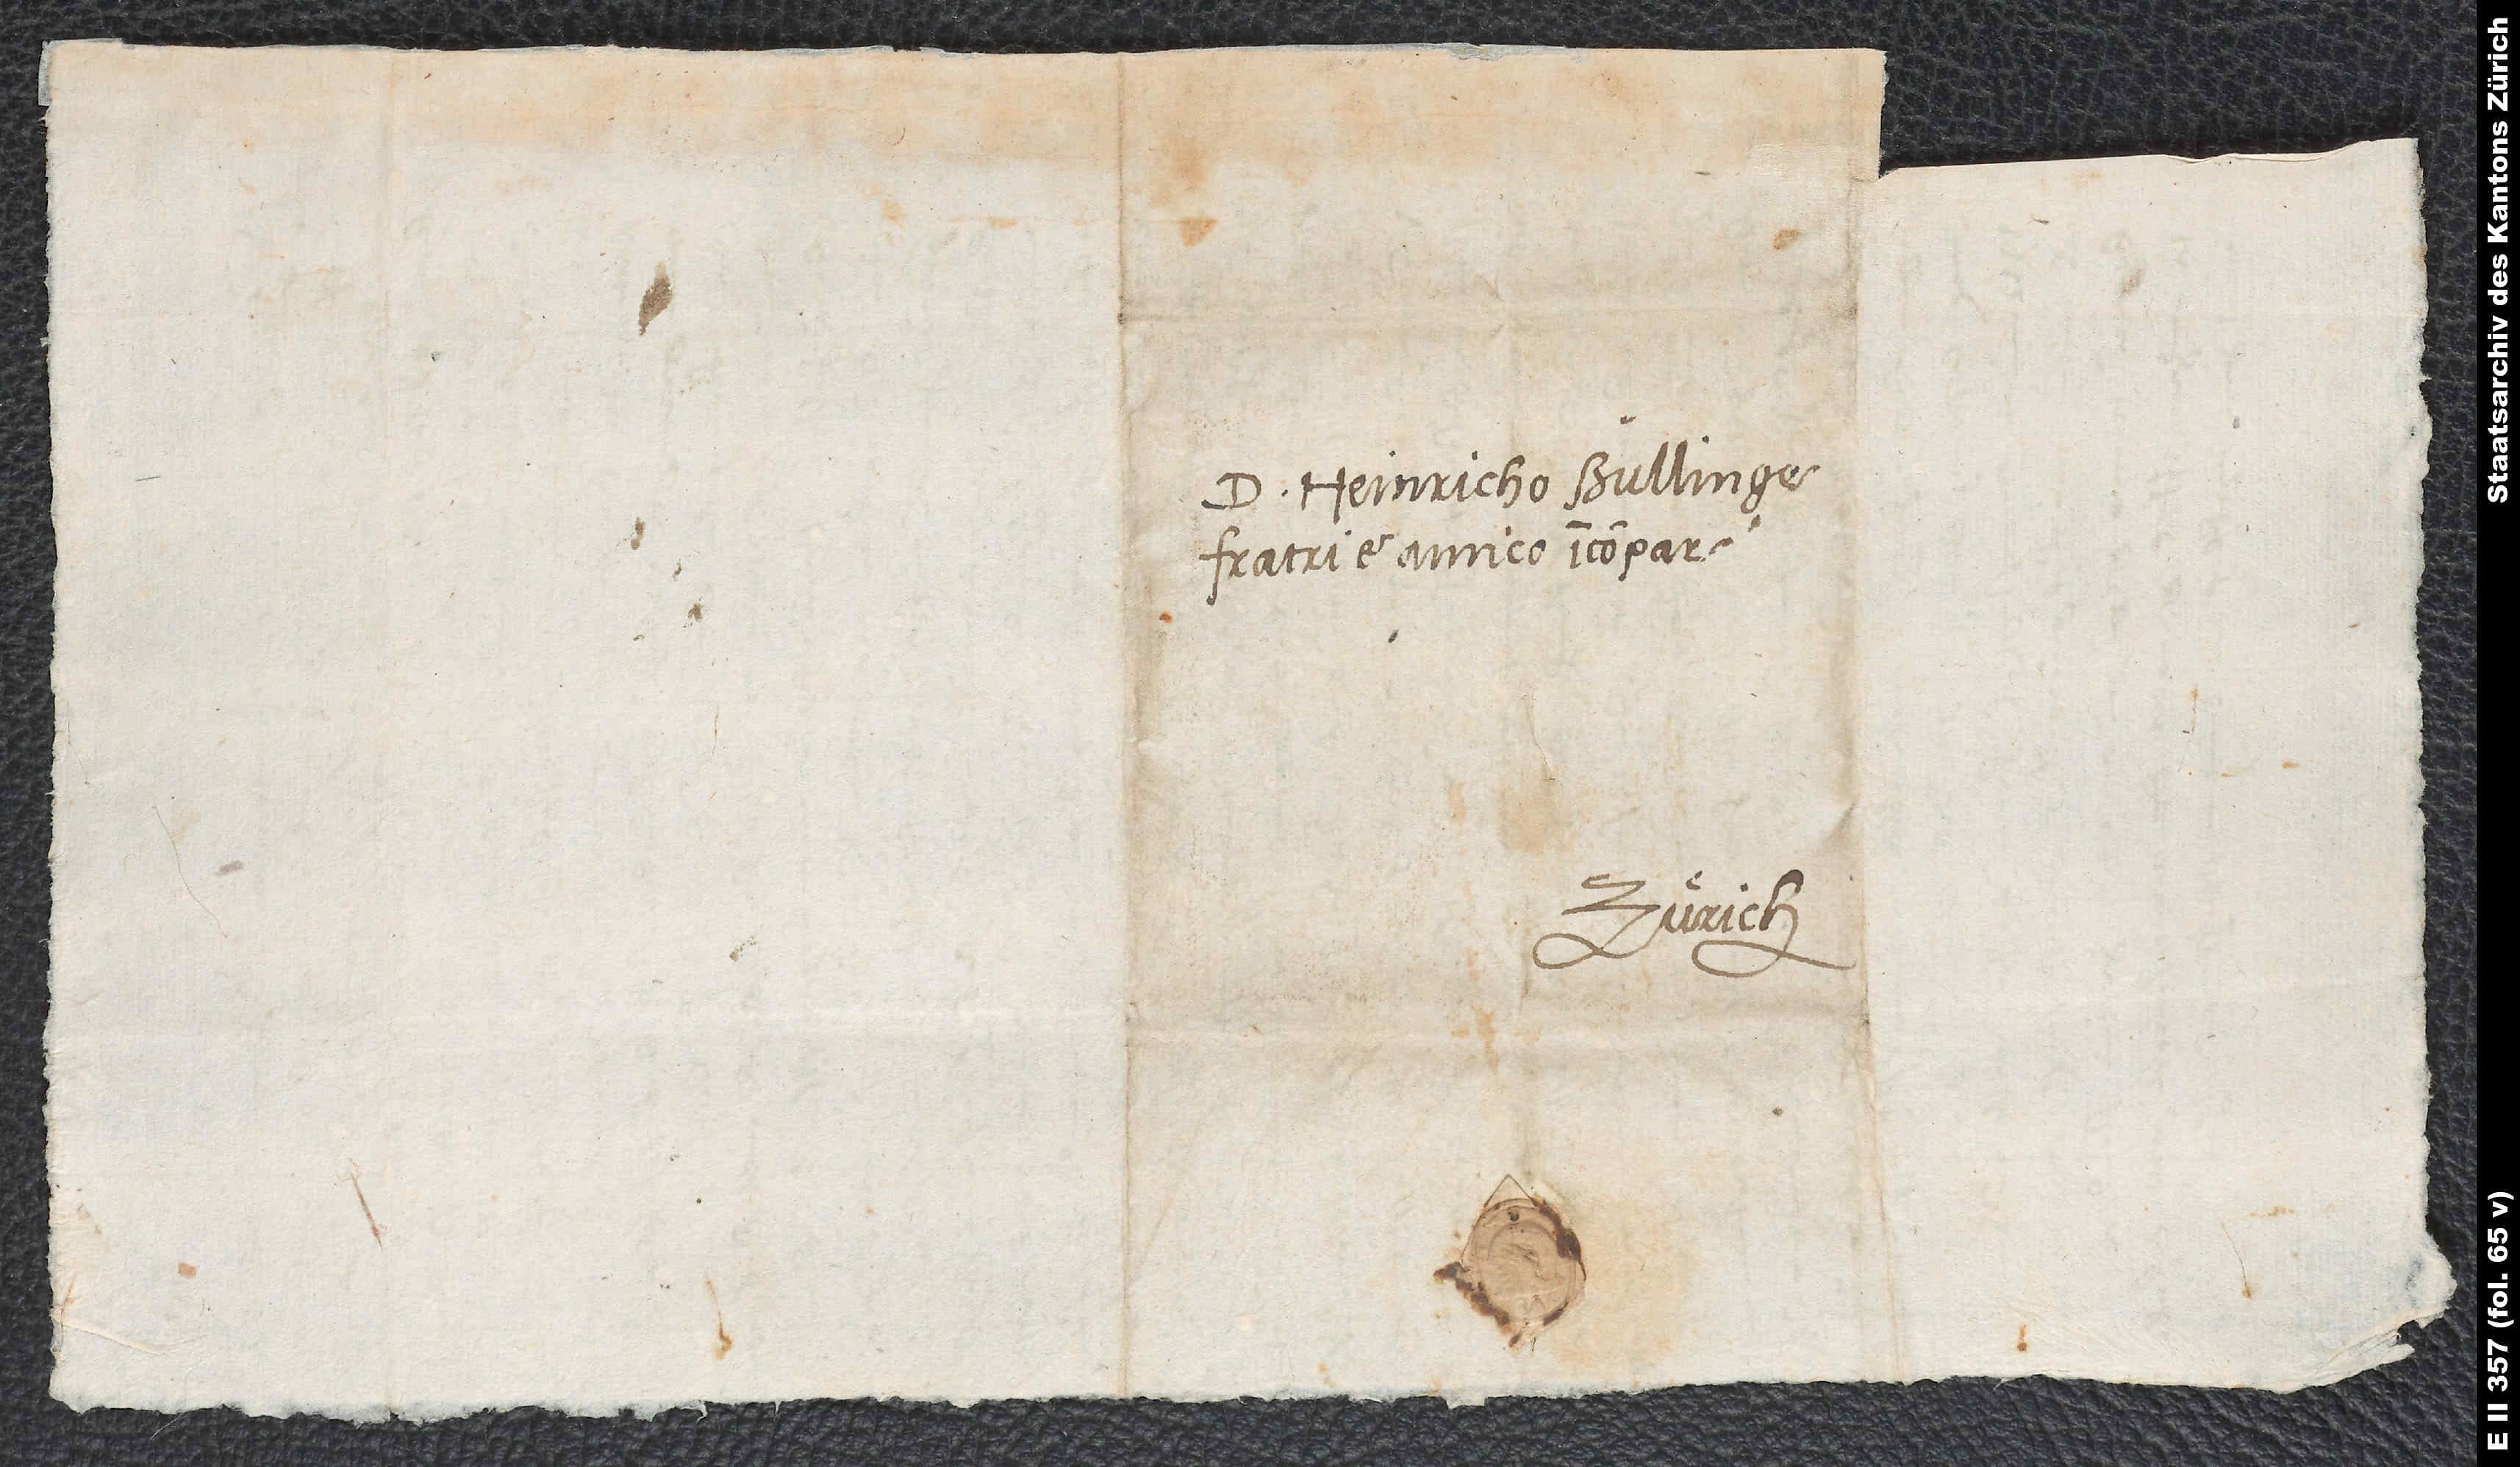
Domino Heinricho Bullinge.
Zürich.